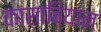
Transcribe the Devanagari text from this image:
कासाबियान